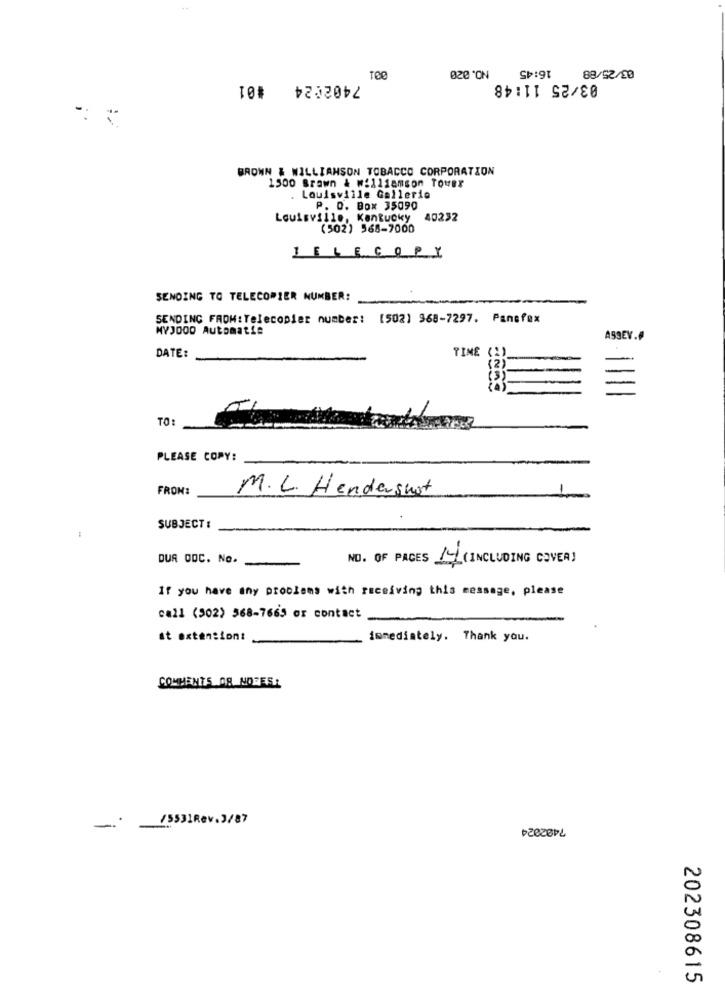
16:45
7402024 #01
88/52/20
03/25 11:48
-:
BROWN & WILLIAMSON TOBACCO CORPORATION
1500 Brown & Williamson Tower
Louisville Gallerie
P. O. Box 35090
Louisville, Kentucky
40232
(502) 568-7000
JELECOPY
SENDING TO TELECOPIER NUMBER:
SENDING FROM:TelecoDier number: [502) 968-7297. Pansfex
MYJ000 Automatie
ASSEV.
TIME
DATE:
TO:
PLEASE COPY:
FROM:
M.L. Hendershot
SUBJECT :
DUA DOC. No.
NO. OF PACES 14 ( INCLUDING COVER)
If you have any problems with receiving this message, please
call (502) 568-7665 er contact
at extension:
immediately. Thank you.
COMMENTS OR NOTEST
/5531Rev.3/87
202308615